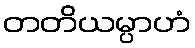
တတိယမ္ပာဟံ